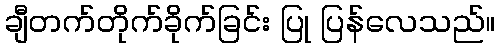
ချီတက်တိုက်ခိုက်ခြင်း ပြု ပြန်လေသည်။